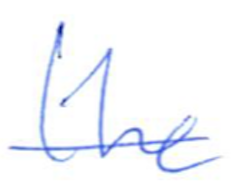
Text: the
Cross-out: single-line
Writing tool: ballpoint